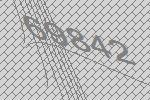
69842